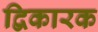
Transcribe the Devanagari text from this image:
द्विकारक